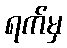
ရက်မှ